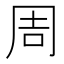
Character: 周